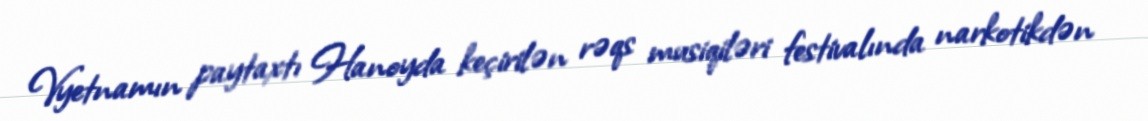
Vyetnamın paytaxtı Hanoyda keçirilən rəqs musiqiləri festivalında narkotikdən